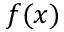
f ( x )